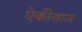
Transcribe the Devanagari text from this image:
ऐकीवात